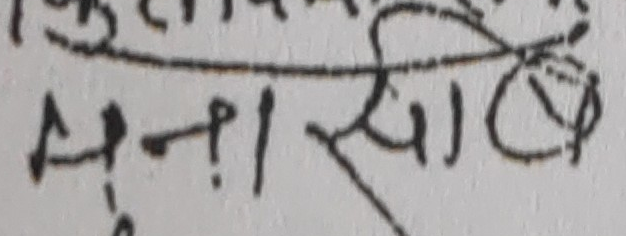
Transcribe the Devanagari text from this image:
सु-१ सा.ब